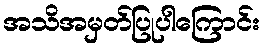
အသိအမှတ်ပြုပါကြောင်း